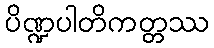
ပိဏ္ဍပါတိကတ္တဿ